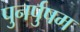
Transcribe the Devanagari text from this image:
पुनर्पुषम